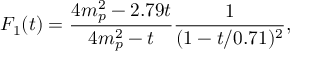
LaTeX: F _ { 1 } ( t ) = \frac { 4 m _ { p } ^ { 2 } - 2 . 7 9 t } { 4 m _ { p } ^ { 2 } - t } \frac { 1 } { ( 1 - t / 0 . 7 1 ) ^ { 2 } } ,